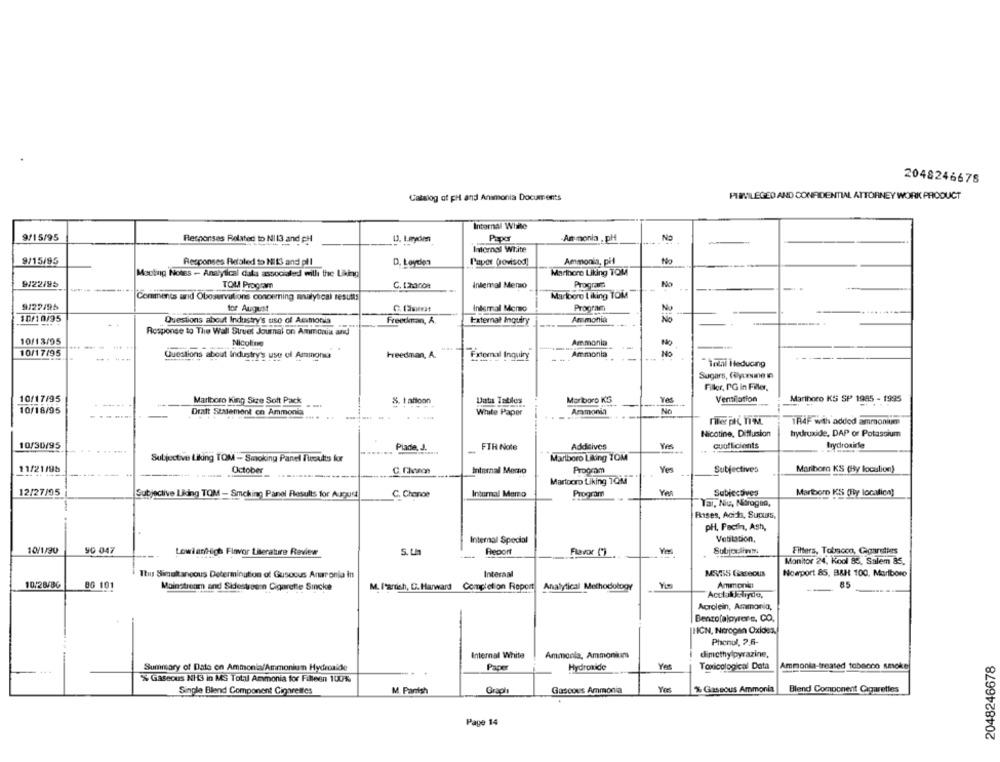
2048246678
Catalog of pH and Anamonia Documents
PIRVILEGED AND CONFIDENTIAL ATTORNEY WORK PRODUCT
Internal While
9/15/95
No
Responses Related to NII3 and pl
Paper
Am monia , pH
Internal White
9/15/95
Responses Refaled to Nit3 and pl 1
D. Løyden
Paper (ovisod)
Ammonia, pil
No
Mocting Notes - Analytical dala associated with the Laing
Marlboro Liking TOM
9/22/95
TOM Program
C. thanon
Intemal Memo
Programs
Comments and Oboservations cononming manlyscal results
Marlboro I iking Tois
9/27/95
for August
C. 13sivat
Intemal Mero
Program
10/10/95
Questions about Industry's uso of Acimonia
Freecran, A
External Inquiry
Ammonia
Response to The Wall Street Journal on Ammonia and
10/13/05
Nicoline
Ammonia
10/17/95
Questions about Industry's use of Ammonsa
Freedman, A.
Fxtomal Inquiry
Ammonia
Tahl Hteducing
Sugars, folyosme in
Filor, PG in Filler.
10/17/95
Marlboro King Size Soft Pack
8. I afloon
Data Tables
Marlboro KS
Yes
Ventilation
Marlboro KS SP 1985 - 1995
10/18/95
Dratt Statement on Ammonia
White Paper
Ammonia
No
1R4F with added ammonium
Nicotine, Diffusion
hydroxide, DAP or Potassium
10/30/95
Plade, J.
FTR Note
Additives
cuoftclients
Brydroxide
Subjective Liking TOM - Smoking Panel Toults for
Marlboro Liking ZOM
11/21/95
October
Internal Momno
Progmm
Yes
Subjectives
Marihorn KS (Hy location)
Martooro Liking TOM
12/27/95
Subjective Liding TOM - Smoking Panel Results for August
C. Chance
Inturmal Memo
Program
Subiscives
Marlboro KS (y localion]
Tal, Niu, Norogna,
-
Rises, Acida, Supus,
PH, Paciin, Ash,
Internal Special
Vetilation,
10/1/30
90 047
LowianHigh Flavor Literature Review
S. t.n
Report
Flavor (*)
Filters, Tobacco, Cigarettes
Monitor 24, Kool 85, Salem 85.
Itus Simultaneous Determination of Gusoous Anronia in
Interaal
Nowport &5, B&H 100, Marlboro
10/28/86
80 101
Mainstream and Sidestreenn Cigarette Sincke
M. fartish, C. Harward Completion Report Analytical Methodology
Ammonia
85
Acrolein, Ammonia,
Benzo(alpyrene, CO,
|HIGN, Nitrogen Oxidez.
Phenul, 7.5-
Internal White
Ammonia, Ammonium
dimethylpyrazine.
2048246678
Summary of Data en Ammonia/Ammonium Hydroaide
Paper
Hydroxide
Yer
Toxicological Data
Ammonia-treated tobacco smoke
% Gaseous NHG in MS Total Ammonia for Filleen 100%
Single Blend Component Cigarettes
M Parish
Graphs
Gascous Ammonia
% Gassous Ammonia
Blend Component Cigarettes
Page 14